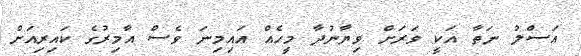
އަސްލު ނަތާ އަކީ ވަރަށް ވިޔާނުދާ މީހެއް އައިމިނަ ވެސް އާމިރުގެ ކައިރިއަށް